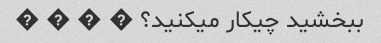
ببخشید چیکار میکنید؟ � � � �